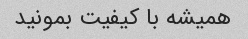
همیشه با کیفیت بمونید